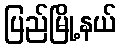
ပြည်မြို့နယ်